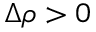
\Delta \rho > 0